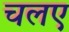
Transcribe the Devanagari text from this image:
चलए